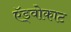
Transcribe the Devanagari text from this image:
ऍड्वोकाट